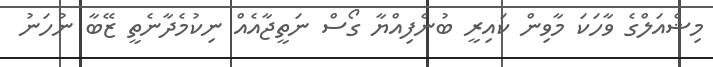
މިޝްއަލްގެ ވާހަކަ މާވިން ކައިރީ ބުނެފިއްޔާ ގޯސް ނަތީޖާއެއް ނިކުމެދާނެތީ ޒޭބާ ނުހަނު